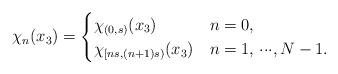
LaTeX: \begin{align*}\chi_n(x_3) = \begin{cases}\chi_{(0,s)}(x_3) & n=0,\\\chi_{[ns,(n+1)s)}(x_3) & n=1,\dddot\ ,N-1.\end{cases}\end{align*}